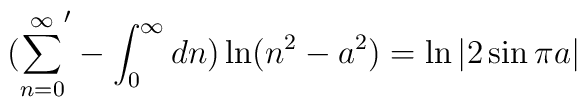
({\sum_{n=0}^{\infty}}'-\int_{0}^{\infty}dn)\ln(n^2-a^2)=\ln|2\sin\pi a|